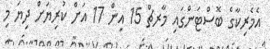
އެމެރިކާގެ ބޮސްޓަންގައި މާރޗް 15 އިން 17 އަށް ކުރިޔަށް ދިޔަ މި